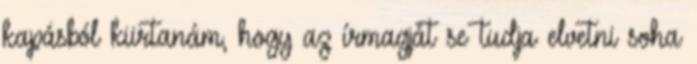
kapásból kiirtanám, hogy az írmagját se tudja elvetni soha